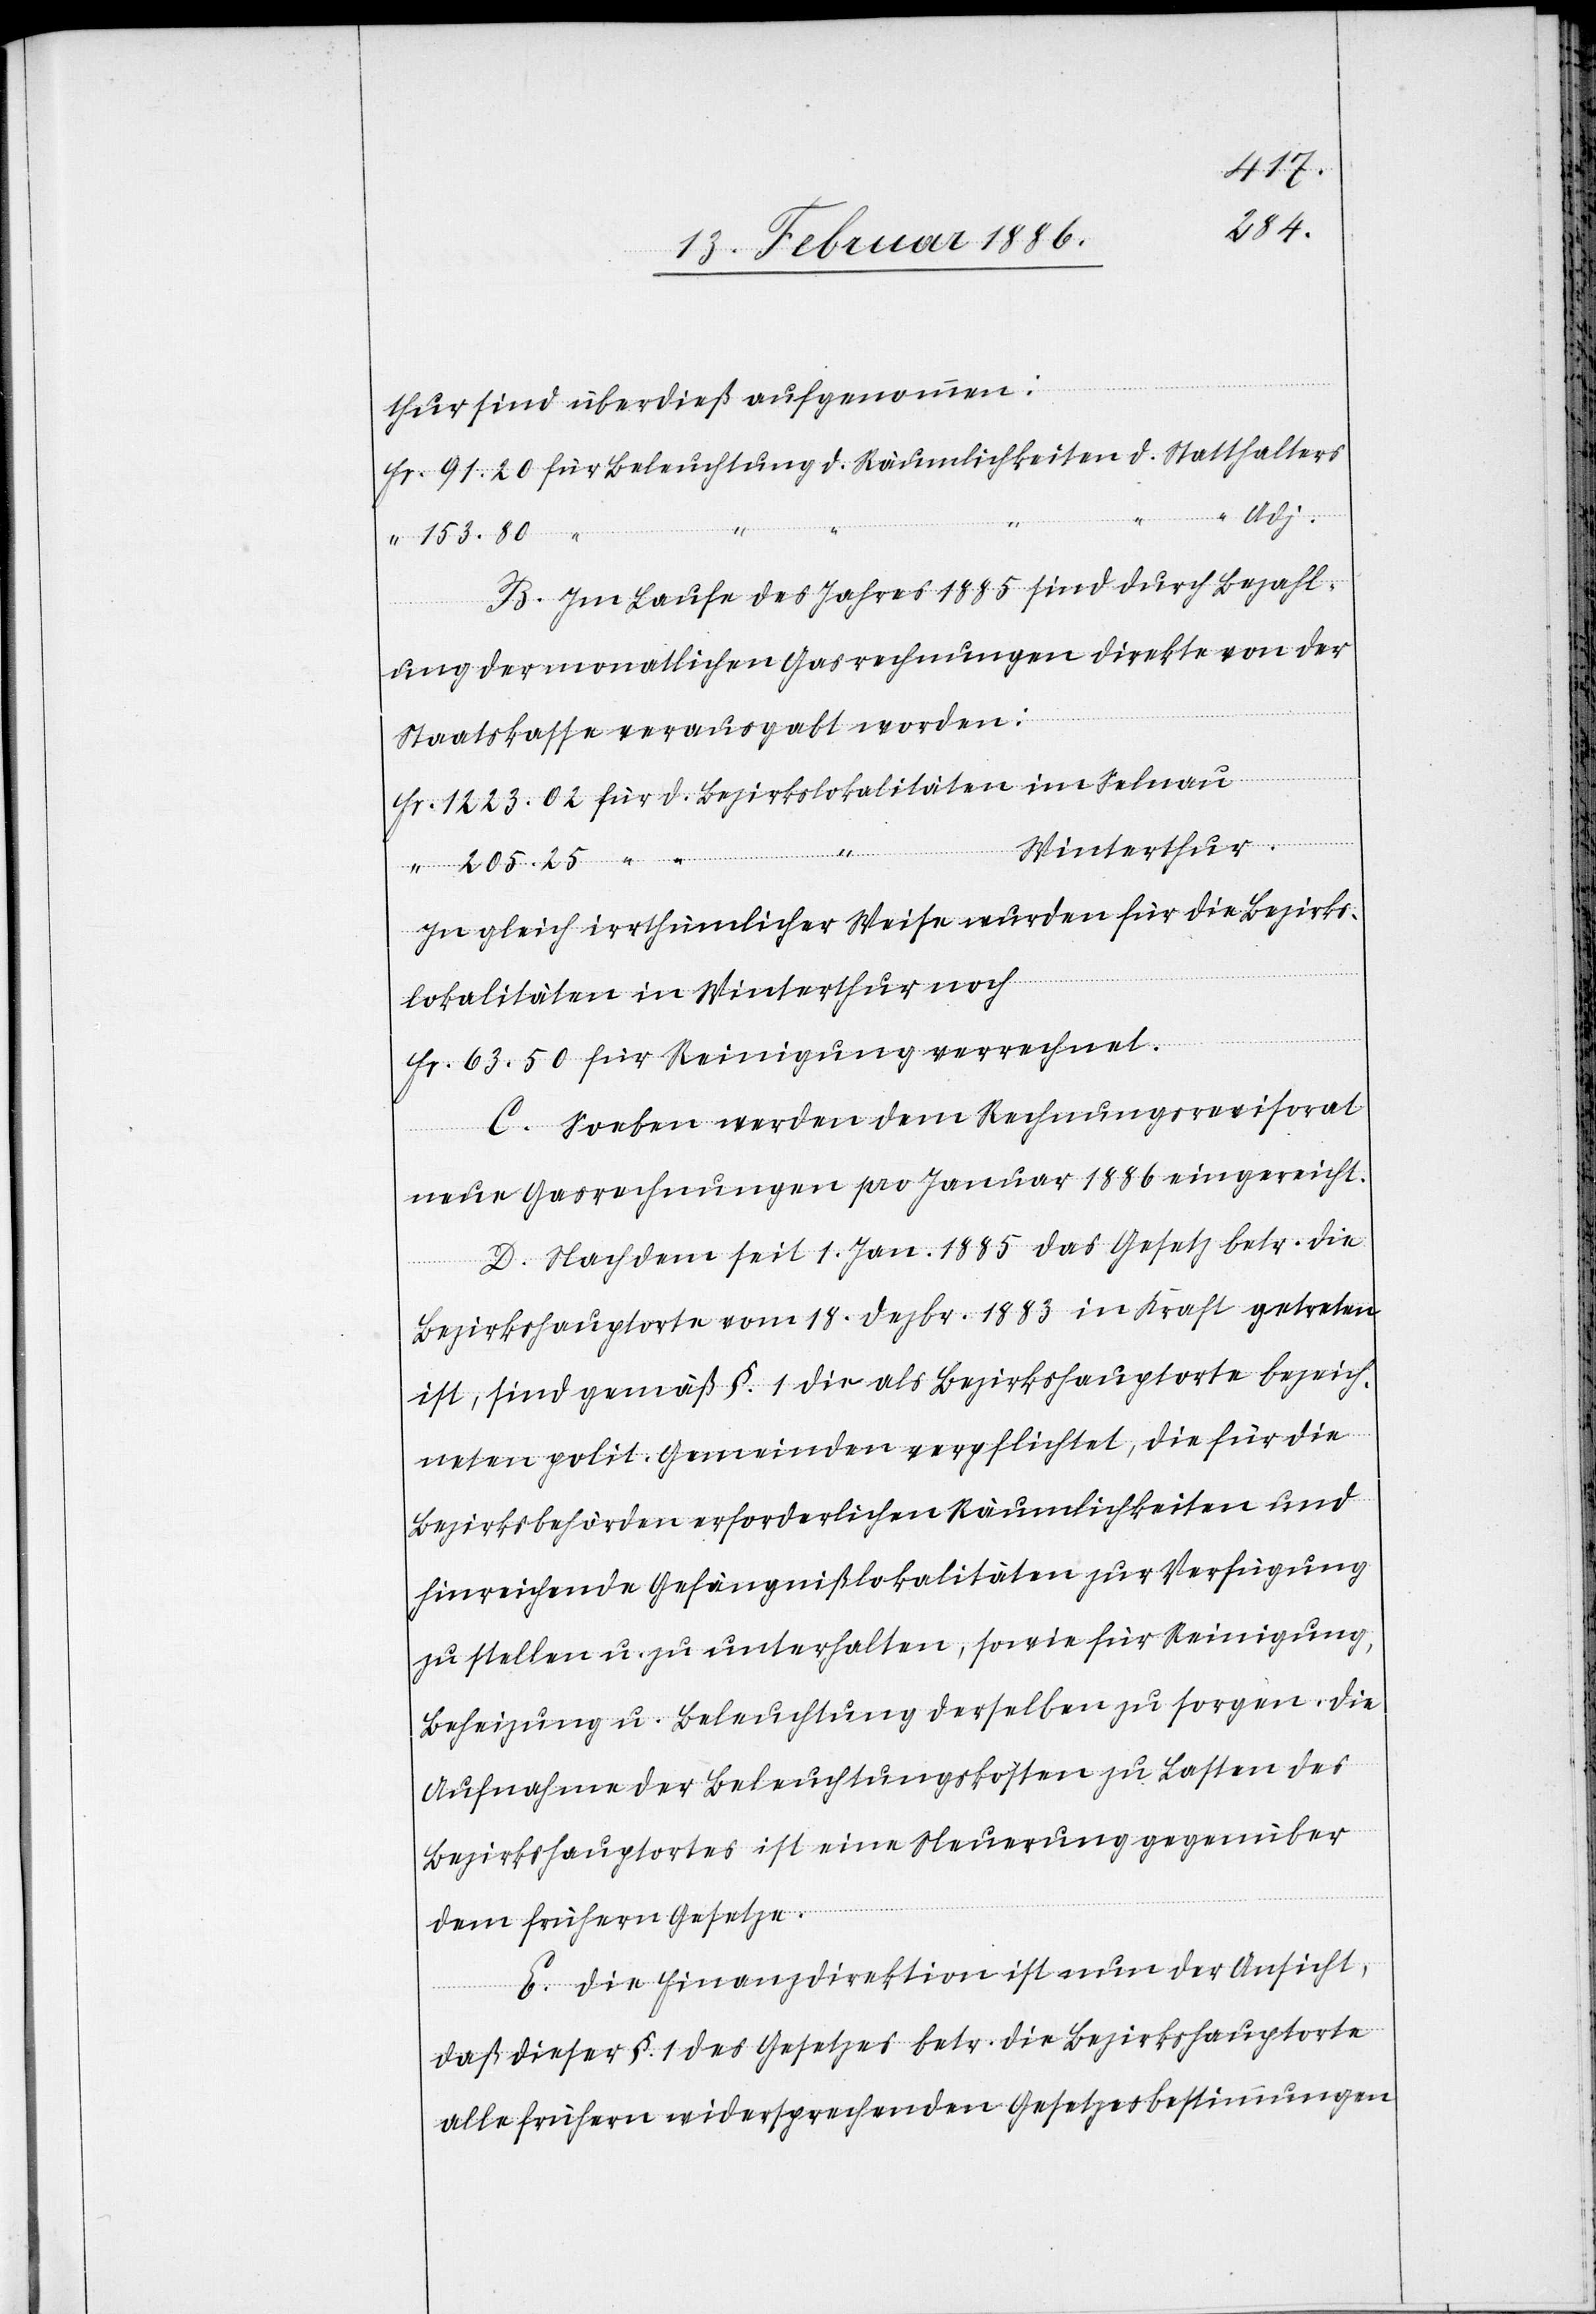
Selnau
thur sind überdieß aufgenommen:
B. Im Laufe des Jahres 1885 sind durch Bezahl¬
ung der monatlichen Gasrechnungen Direkte von der
Staatskasse verausgabt worden:
Winterthur.
Statthalters
In gleich irrthümlicher Weise wurden für die Bezirks¬
lokalitäten in Winterthur noch
d.
Fr. 63.50 für Reinigungen verrechnet.
C. Soeben werden dem Rechnungsrevisorat
neue Gasrechnungen pro Januar 1886 eingereicht.
D. Nachdem, seit 1. Jan. 1885 das Gesetz betr. die
Bezi¬
Bezirkshauptorte vom 18. Dezbr. 1883 in Kraft getreten
ist, sind gemäß §. 1 die als Bezirkshauptorte bezeich¬
neten polit. Gemeinden verpflichtet, die für die
Bezirksbehörden erforderlichen Räumlichkeiten und
hinreichende Gefängnißlokalitäten zur Verfügung
zu stellen u. zu unterhalten, sowie für Reinigung,
Beheizung u. Beleuchtung derselben zu sorgen. Die
Aufnahme der Beleuchtungskosten zu Lasten des
Bezirkshauptortes ist eine Neuerung gegenüber
dem frühern Gesetze.
E. Die Finanzdirektion ist nun der Ansicht,
daß dieser §. 1 des Gesetztes betr. die Bezirkshauptorte
alle frühern widersprechenden Gesetzesbestimmungen